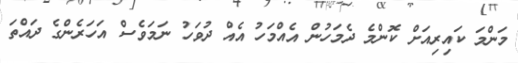
މަންމަ ކައިރިއަށް ކޮންމެ ދެމަހުން އެއްމަހު އެއް ދުވަހު ނަމަވެސް އަހަރެންގެ ދައްތަ